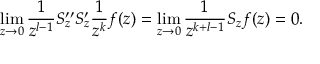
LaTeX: \operatorname * { l i m } _ { z \to 0 } \frac { 1 } { z ^ { l - 1 } } S _ { z } ^ { \prime \prime } S _ { z } ^ { \prime } \frac { 1 } { z ^ { k } } f ( z ) = \operatorname * { l i m } _ { z \to 0 } \frac { 1 } { z ^ { k + l - 1 } } S _ { z } f ( z ) = 0 .